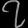
Digit: ၇